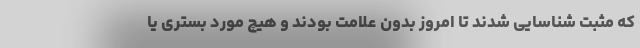
که مثبت شناسایی شدند تا امروز بدون علامت بودند و هیچ مورد بستری یا